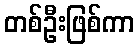
တစ်ဦးဖြစ်ကာ